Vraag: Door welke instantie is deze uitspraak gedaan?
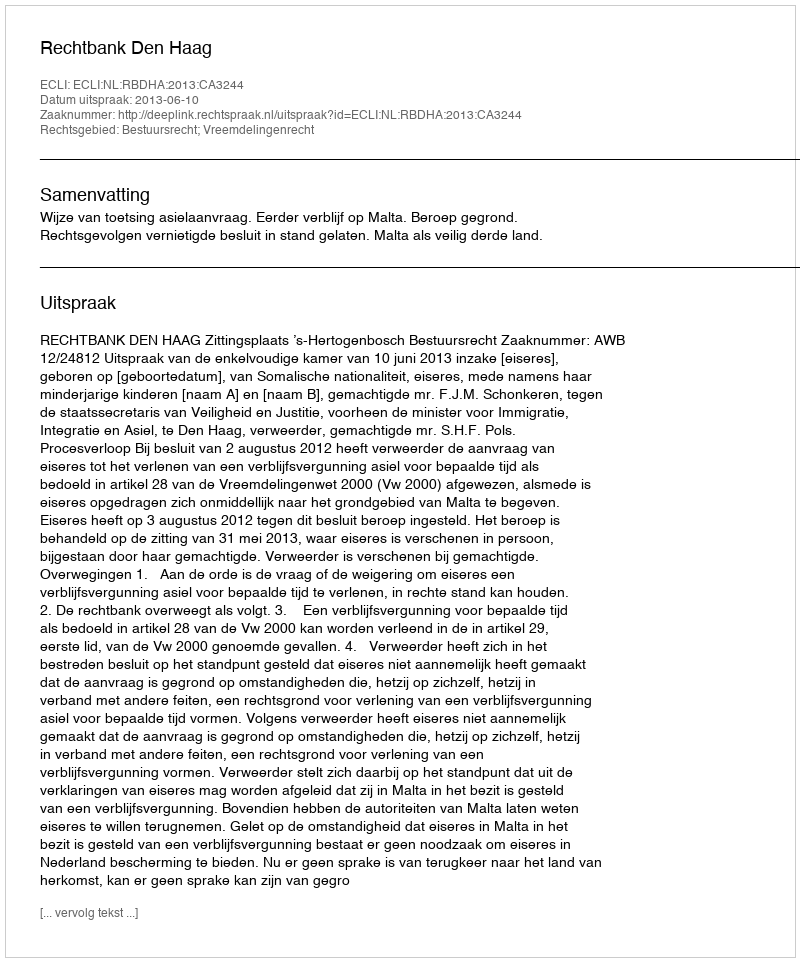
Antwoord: Rechtbank Den Haag